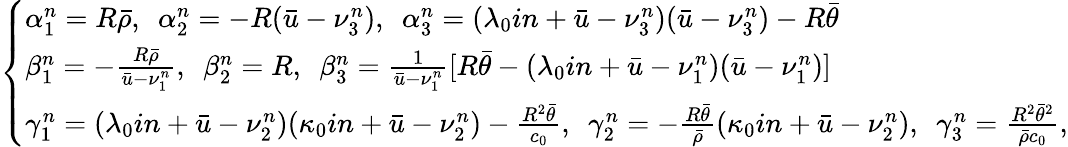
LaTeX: \left\{ \begin{array}{ll}{\alpha_{1}^{n}=R\bar{\rho},\ \ \alpha_{2}^{n}=-R(\bar{u}-\nu_{3}^{n}),\ \ \alpha_{3}^{n}=(\lambda_{0}in+\bar{u}-\nu_{3}^{n})(\bar{u}-\nu_{3}^{n})-R\bar{\theta}}\\ {\beta_{1}^{n}=-\frac{R\bar{\rho}}{\bar{u}-\nu_{1}^{n}},\ \ \beta_{2}^{n}=R,\ \ \beta_{3}^{n}=\frac{1}{\bar{u}-\nu_{1}^{n}}[R\bar{\theta}-(\lambda_{0}in+\bar{u}-\nu_{1}^{n})(\bar{u}-\nu_{1}^{n})]}\\ {\gamma_{1}^{n}=(\lambda_{0}in+\bar{u}-\nu_{2}^{n})(\kappa_{0}in+\bar{u}-\nu_{2}^{n})-\frac{R^{2}\bar{\theta}}{c_{0}},\ \ \gamma_{2}^{n}=-\frac{R\bar{\theta}}{\bar{\rho}}(\kappa_{0}in+\bar{u}-\nu_{2}^{n}),\ \ \gamma_{3}^{n}=\frac{R^{2}\bar{\theta}^{2}}{\bar{\rho}c_{0}},}\end{array}\right.